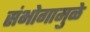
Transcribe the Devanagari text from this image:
संभोगामुळे